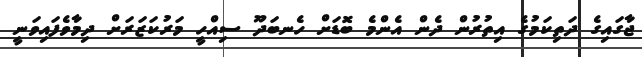
ޖާގައިގެ ދަތިކަމުގެ އިތުރުން ދެން އެންމެ ބޮޑަށް ހެނބަދޫ ސިއްހީ މަރުކަޒަރަށް ދިމާވެފައިވަނީ